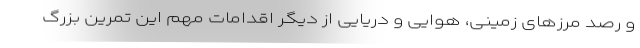
و رصد مرزهای زمینی، هوایی و دریایی از دیگر اقدامات مهم این تمرین بزرگ